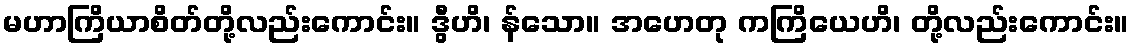
မဟာကြိယာစိတ်တို့လည်းကောင်း။ ဒွီဟိ၊ န်သော။ အဟေတု ကကြိယေဟိ၊ တို့လည်းကောင်း။